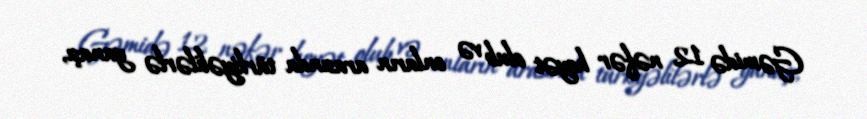
Gəmidə 12 nəfər heyət olub və onların arasında türkiyəlilərlə yanaşı,